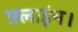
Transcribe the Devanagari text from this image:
फ़्लाइंग।